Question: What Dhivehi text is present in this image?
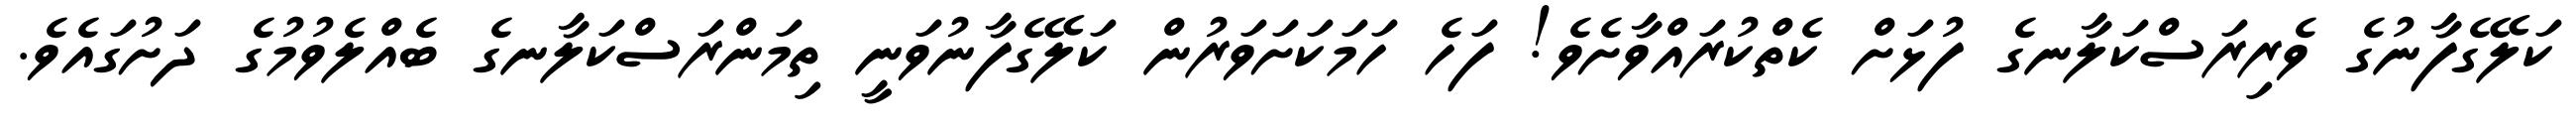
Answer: ކަލޭގެފާނުގެ ވެރިރަސްކަލާނގެ ފުޅަށް ކެތްކުރައްވާށެވެ! ފަހެ ހަމަކަށަވަރުން ކަލޭގެފާނުވަނީ ތިމަންރަސްކަލާނގެ ބެއްލެވުމުގެ ދަށުގައެވެ.